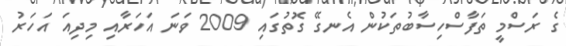
ގެ ރަސްމީ ތަފާސްހިސާބުތަކުން އެނގޭ ގޮތުގައި 2009 ވަނަ އަހަރާއި މިދިއަ އަހަރު